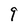
Character: q